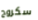
سكروج